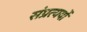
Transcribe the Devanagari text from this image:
संप्रत्ययों